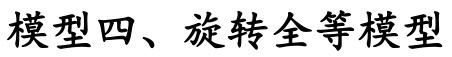
模型四、旋转全等模型